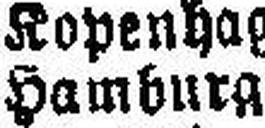
Hamburg